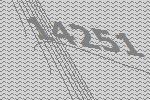
14251